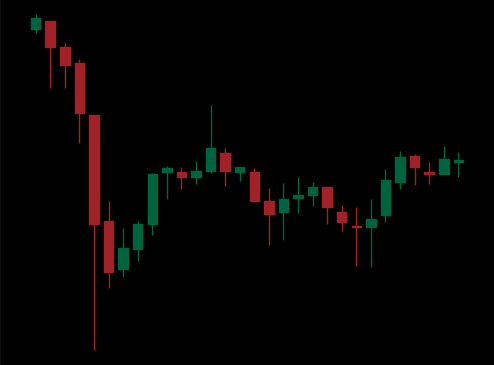
Pattern: unclassified